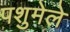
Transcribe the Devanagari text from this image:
पशुमेले